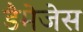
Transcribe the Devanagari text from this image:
डैमेजेस